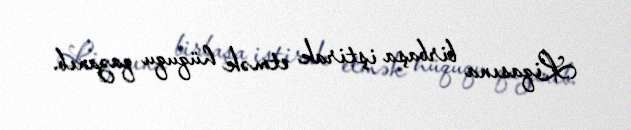
Liqasına birbaşa iştirak etmək hüququ qazanıb.